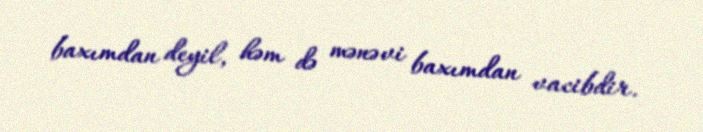
baxımdan deyil, həm də mənəvi baxımdan vacibdir.